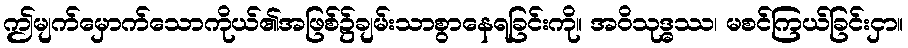
ဤမျက်မှောက်သောကိုယ်၏အဖြစ်၌ချမ်းသာစွာနေရခြင်းကို။ အဝိသုဒ္ဓဿ၊ မစင်ကြယ်ခြင်းငှာ။